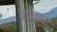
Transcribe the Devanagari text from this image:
वाळुवंट